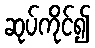
ဆုပ်ကိုင်၍